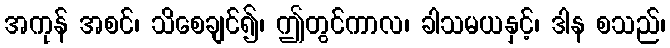
အကုန် အစင်၊ သိစေချင်၍၊ ဤတွင်ကာလ၊ ခါသမယနှင့်၊ ဒါန စသည်၊